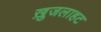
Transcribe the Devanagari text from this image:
ख़ुजलाहट